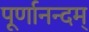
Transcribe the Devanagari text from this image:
पूर्णानन्दम्